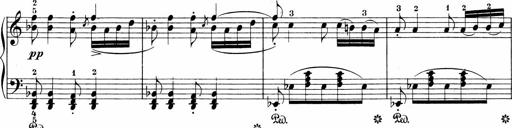
Title: Sonatinen Op.47, 98 und 136, nebst 6 Liedersonatinen
Composer: Carl Reinecke